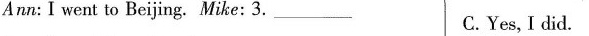
Ann:I went to Beijing. Mike:3. ___ C.Yes,I did.